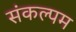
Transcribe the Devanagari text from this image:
संकल्पम